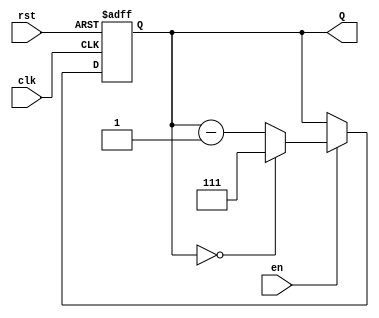
module binary_down_counter #(parameter WIDTH = 3, // Bit width of the counter
                             parameter MAX_COUNT = (1 << WIDTH) - 1) // Maximum count value
(
    input wire clk,          // Clock signal
    input wire rst,          // Asynchronous reset signal
    input wire en,           // Enable signal
    output reg [WIDTH-1:0] Q // Current count output
);

// Always block triggered on the positive edge of the clock or on reset
always @(posedge clk or posedge rst) begin
    if (rst) begin
        Q <= MAX_COUNT; // Reset to maximum value
    end else if (en) begin
        if (Q == 0) begin
            Q <= MAX_COUNT; // Wrap around to maximum value
        end else begin
            Q <= Q - 1; // Decrement the counter
        end
    end
end

endmodule